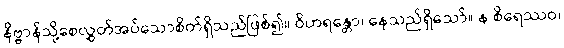
နိဗ္ဗာန်သို့စေလွှတ်အပ်သောစိတ်ရှိသည်ဖြစ်၍။ ဝိဟရန္တော၊ နေသည်ရှိသော်။ န စိရေဿဝ၊